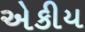
એકીય